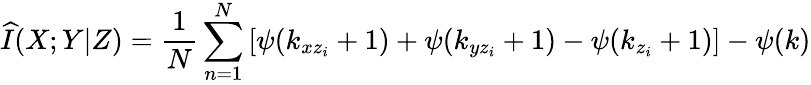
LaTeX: \widehat{I}(X;Y|Z)=\frac{1}{N}\sum_{n=1}^{N}\left[\psi(k_{xz_{i}}+1)+\psi(k_{yz_{i}}+1)-\psi(k_{z_{i}}+1)\right]-\psi(k)